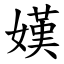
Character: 嫨